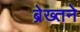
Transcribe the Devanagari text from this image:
ब्रेख्तने